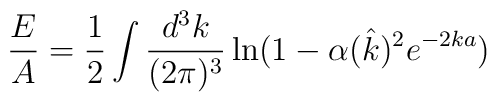
\frac{E}{A} = \frac{1}{2} \int \frac{d^3k}{(2\pi)^3}\ln(1-\alpha(\hat k)^2e^{-2ka})